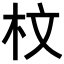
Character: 𣐀